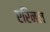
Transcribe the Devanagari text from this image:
एरिनल